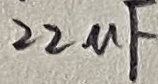
Text: 22uF